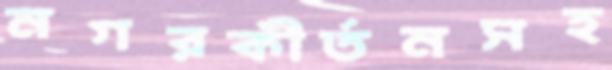
নগরকীর্তনসহ